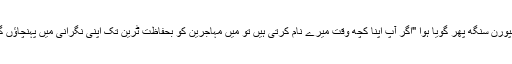
سمپورن سنگھ پھر گویا ہوا "اگر آپ اپنا کچھ وقت میرے نام کرتی ہیں تو میں مہاجرین کو بحفاظت ٹرین تک اپنی نگرانی میں پہنچاؤں گا"۔